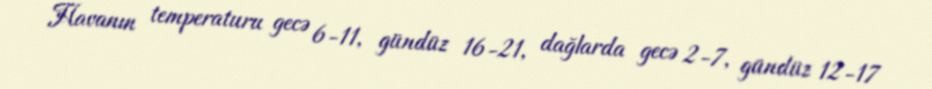
Havanın temperaturu gecə 6-11, gündüz 16-21, dağlarda gecə 2-7, gündüz 12-17